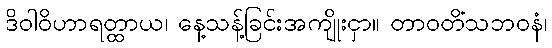
ဒိဝါဝိဟာရတ္ထာယ၊ နေ့သန့်ခြင်းအကျိုးငှာ။ တာဝတိံသဘဝနံ၊